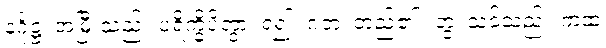
နင်္ဂုဋ္ဌံ၊ အမြီးသည်။ ပရိက္ခိပိတွာ၊ ရံ၍။ ဂတံ၊ တည်၏။ တွံ၊ သင်သည်။ ကထံ